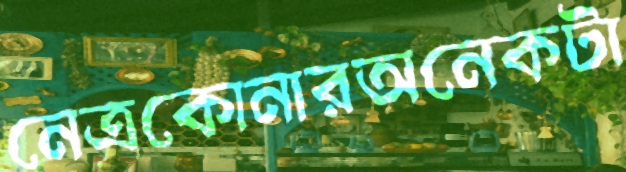
নেত্রকোনারঅনেকটা